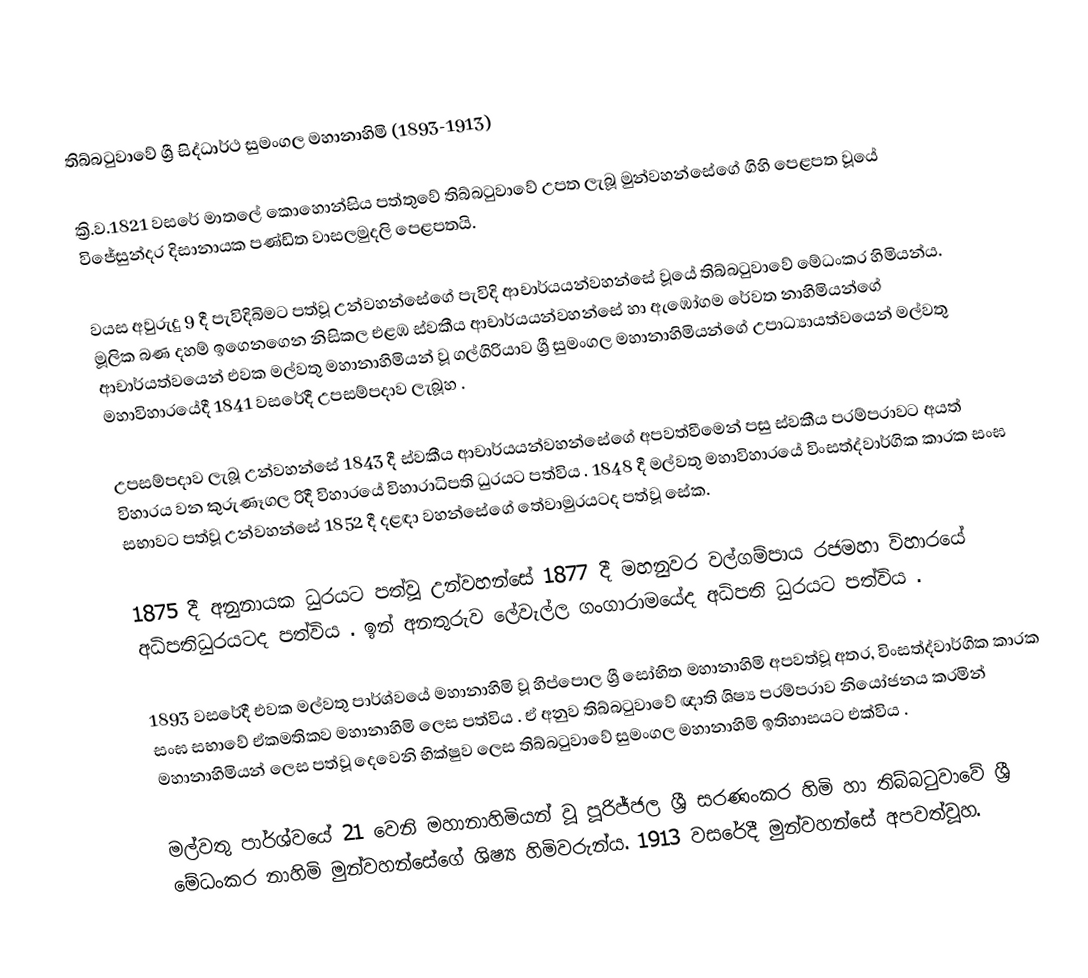
තිබ්බටුවාවේ ශ්‍රී සිද්ධාර්ථ සුමංගල මහානාහිමි (1893-1913)

ක්‍රි.ව.1821 වසරේ මාතලේ කොහොන්සිය පත්තුවේ තිබ්බටුවාවේ උපත ලැබූ මුන්වහන්සේගේ ගිහි පෙළපත වූයේ විජේසුන්දර දිසානායක පණ්ඩිත වාසලමුදලි පෙළපතයි.

වයස අවුරුදු 9 දී පැවිදිබිමට පත්වූ උන්වහන්සේගේ පැවිදි ආචාර්යයන්වහන්සේ වූයේ තිබ්බටුවාවේ මේධංකර හිමියන්ය.  මූලික බණ දහම් ඉගෙනගෙන නිසිකල එළඹ ස්වකීය ආචාර්යයන්වහන්සේ හා ඇඹෝගම රේවත නාහිමියන්ගේ ආචාර්යත්වයෙන් එවක මල්වතු මහානාහිමියන් වූ ගල්ගිරියාව ශ්‍රී සුමංගල මහානාහිමියන්ගේ උපාධ්‍යායත්වයෙන් මල්වතු මහාවිහාරයේදී 1841 වසරේදී උපසම්පදාව ලැබූහ .

උපසම්පදාව ලැබූ උන්වහන්සේ 1843 දී ස්වකීය ආචාර්යයන්වහන්සේගේ අපවත්වීමෙන් පසු ස්වකීය පරම්පරාවට අයත් විහාරය වන කුරුණෑගල රිදී විහාරයේ විහාරාධිපති ධුරයට පත්විය . 1848 දී මල්වතු මහාවිහාරයේ විංසත්ද්වාර්ගික කාරක සංඝ සභාවට පත්වූ උන්වහන්සේ  1852 දී දළඳා වහන්සේගේ තේවාමුරයටද පත්වූ සේක.

1875 දී අනුනායක ධුරයට පත්වූ උන්වහන්සේ  1877 දී මහනුවර වල්ගම්පාය රජමහා විහාරයේ අධිපතිධුරයටද පත්විය . ඉන් අනතුරුව ලේවැල්ල ගංගාරාමයේද අධිපති ධුරයට පත්විය .

1893 වසරේදී එවක මල්වතු පාර්ශ්වයේ මහානාහිමි වූ හිප්පොල ශ්‍රී සෝභිත මහානාහිමි අපවත්වූ අතර, විංසත්ද්වාර්ගික කාරක සංඝ සභාවේ ඒකමතිකව මහානාහිමි ලෙස පත්විය . ඒ අනුව තිබ්බටුවාවේ ඥාති ශිෂ්‍ය පරම්පරාව නියෝජනය කරමින් මහානාහිමියන් ලෙස පත්වූ දෙවෙනි භික්ෂුව  ලෙස  තිබ්බටුවාවේ සුමංගල  මහානාහිමි  ඉතිහාසයට එක්විය .

මල්වතු පාර්ශ්වයේ 21 වෙනි මහානාහිමියන් වූ පූරිජ්ජල ශ්‍රී  සරණංකර හිමි  හා තිබ්බටුවාවේ ශ්‍රී මේධංකර නාහිමි මුන්වහන්සේගේ ශිෂ්‍ය හිමිවරුන්ය. 1913 වසරේදී මුන්වහන්සේ අපවත්වූහ.